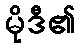
မိုဒီ၏